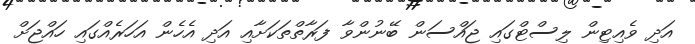
އަދި ވެއިޓިން ލިސްޓްގައި ޖައްސަން ބޭނުންވާ ފަރާތްތަކަށާއި އަދި އެހެން އަހަރެއްގައި ހަައްޖަށް